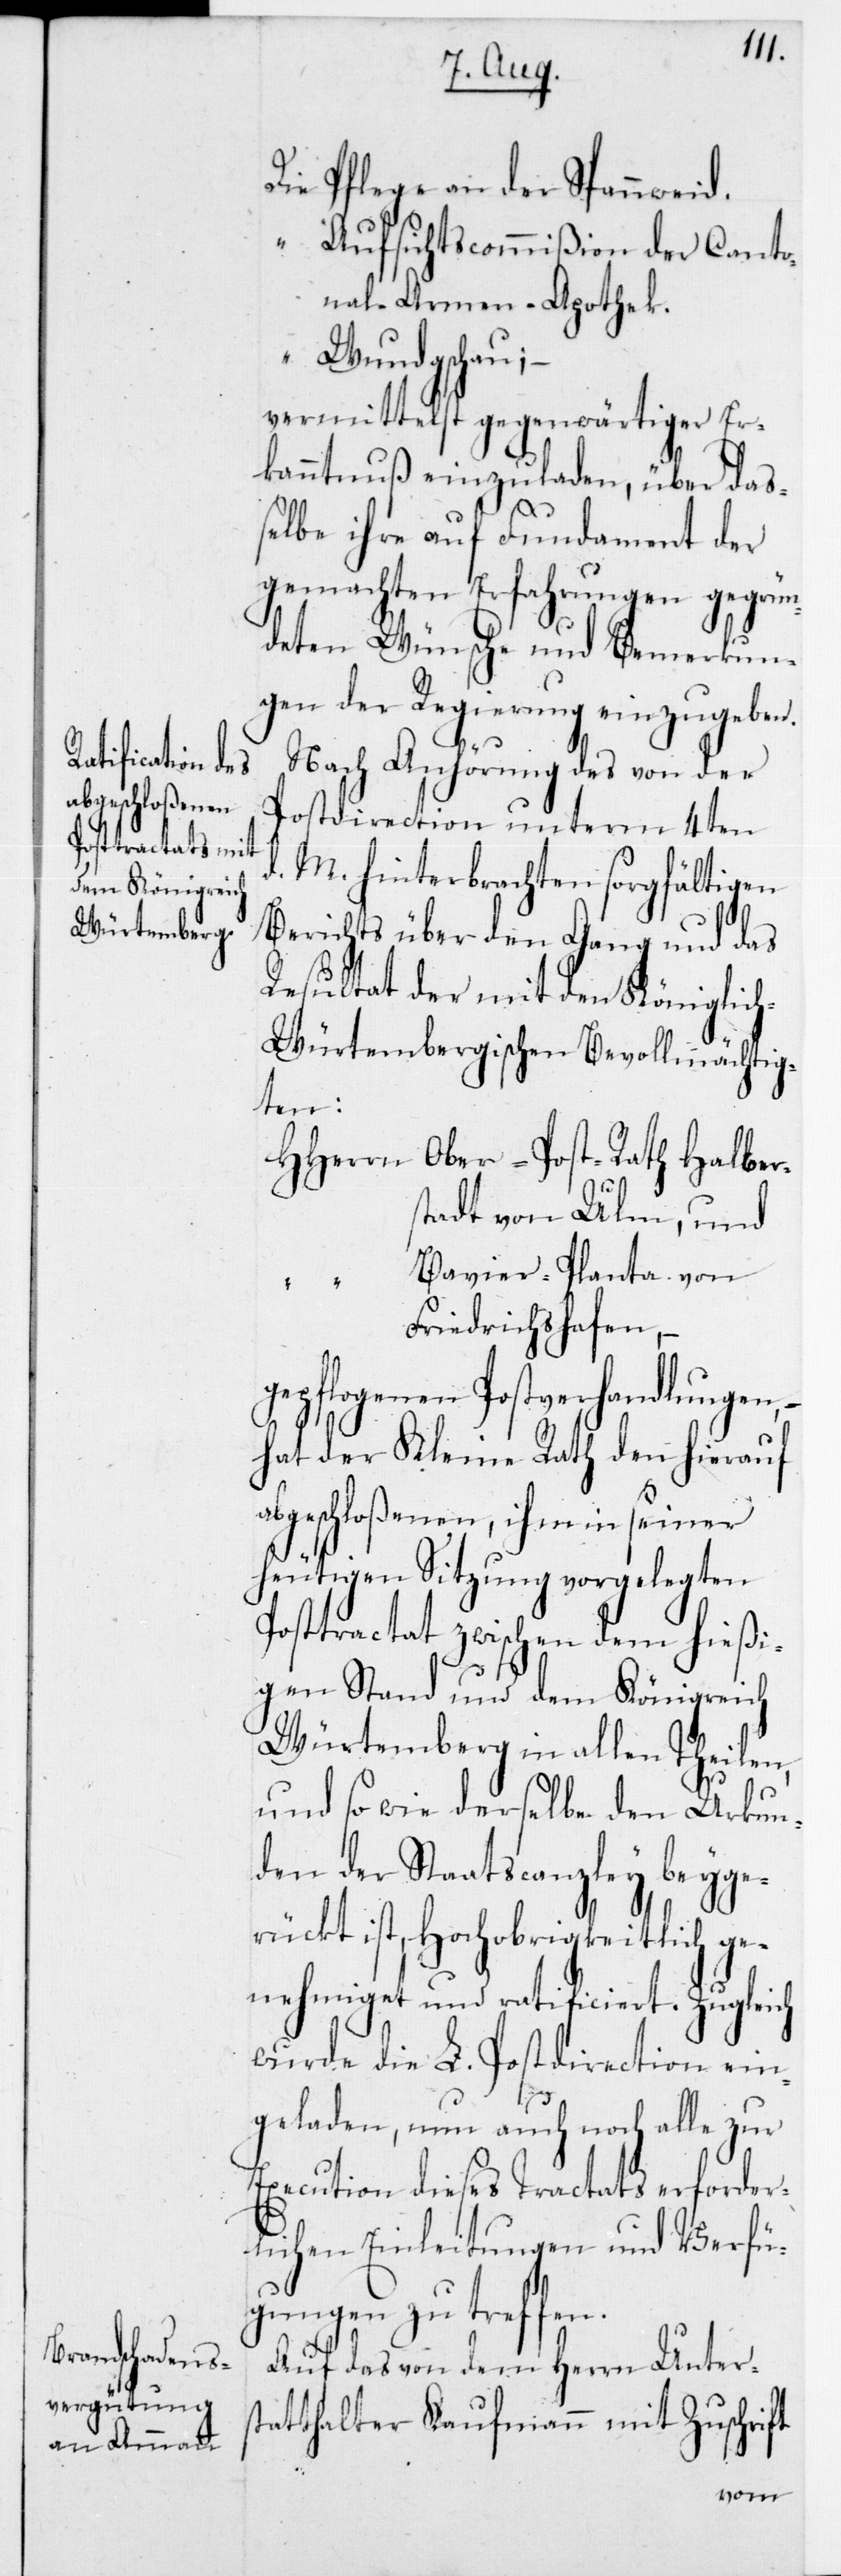
Halber¬

Pflege an der Spannweid.
Aufsichtscommißion der Canto¬
nal-Armen-Apothek.
Wundgschau;
vermittelst gegenwärtiger Er¬
kanntnuß einzuladen, über daß¬
d.
elbe ihre auf Fundament der
gemachten Erfahrungen gegrün¬
deten Wünsche und Bemerkun¬
gen der Regierung einzugeben.
Nach Anhörung des von der
Postdirection unterm 4ten
M. hinterbrachten sorgfältigen
Berichts über den Gang und das
Resultat der mit den Königlic¬
h-Würtembergischen Bevollmächtig¬
ten:
stadt von Ulm, und
Bavier-Planta von
Friedrichshafen, –
gepflogenen Post-Verhandlungen,
hat der Kleine Rath den hierauf
abgeschloßenen, ihm in seiner
heutigen Sitzung vorgelegten
Posttractat zwischen dem hießi¬
genStand und dem Königreich
Würtemberg in allen Theilen,
und so wie derselbe den Urkun¬
den der Staatscanzley beyge¬
rückt ist, Hochobrigkeitlich ge¬
nehmiget und ratificiert. Zugleich
wurde die L. Postdirection ein¬
geladen, nun auch noch alle zur
Execution dieses Tractats erforder¬
lichen Einleitungen und Verfü¬
gungen zu treffen.
Auf das von dem Herrn Unters¬
tatthalter Kaufmann mit Zuschrift